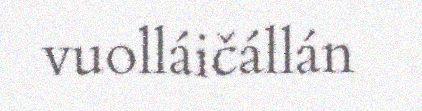
vuolláičállán